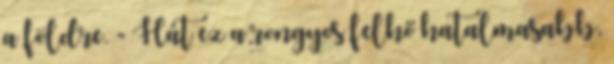
a földre. - Hát ez a rongyos felhő hatalmasabb,